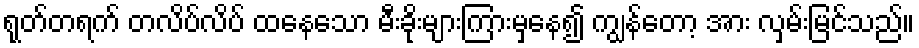
ရုတ်တရက် တလိပ်လိပ် ထနေသော မီးခိုးများကြားမှနေ၍ ကျွန်တော့ အား လှမ်းမြင်သည်။